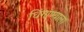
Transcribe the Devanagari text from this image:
धिंगाण्याला